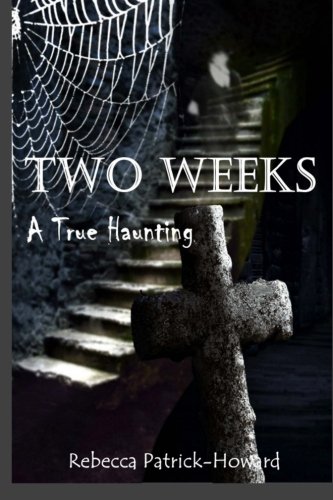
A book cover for Two Weeks: A True Haunting: A Family's True Haunting (True Hauntings) (Volume 4); Rebecca Patrick-Howard; Religion & Spirituality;